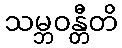
သမ္ဘဝန္တီတိ